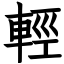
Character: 輕